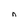
Character: n